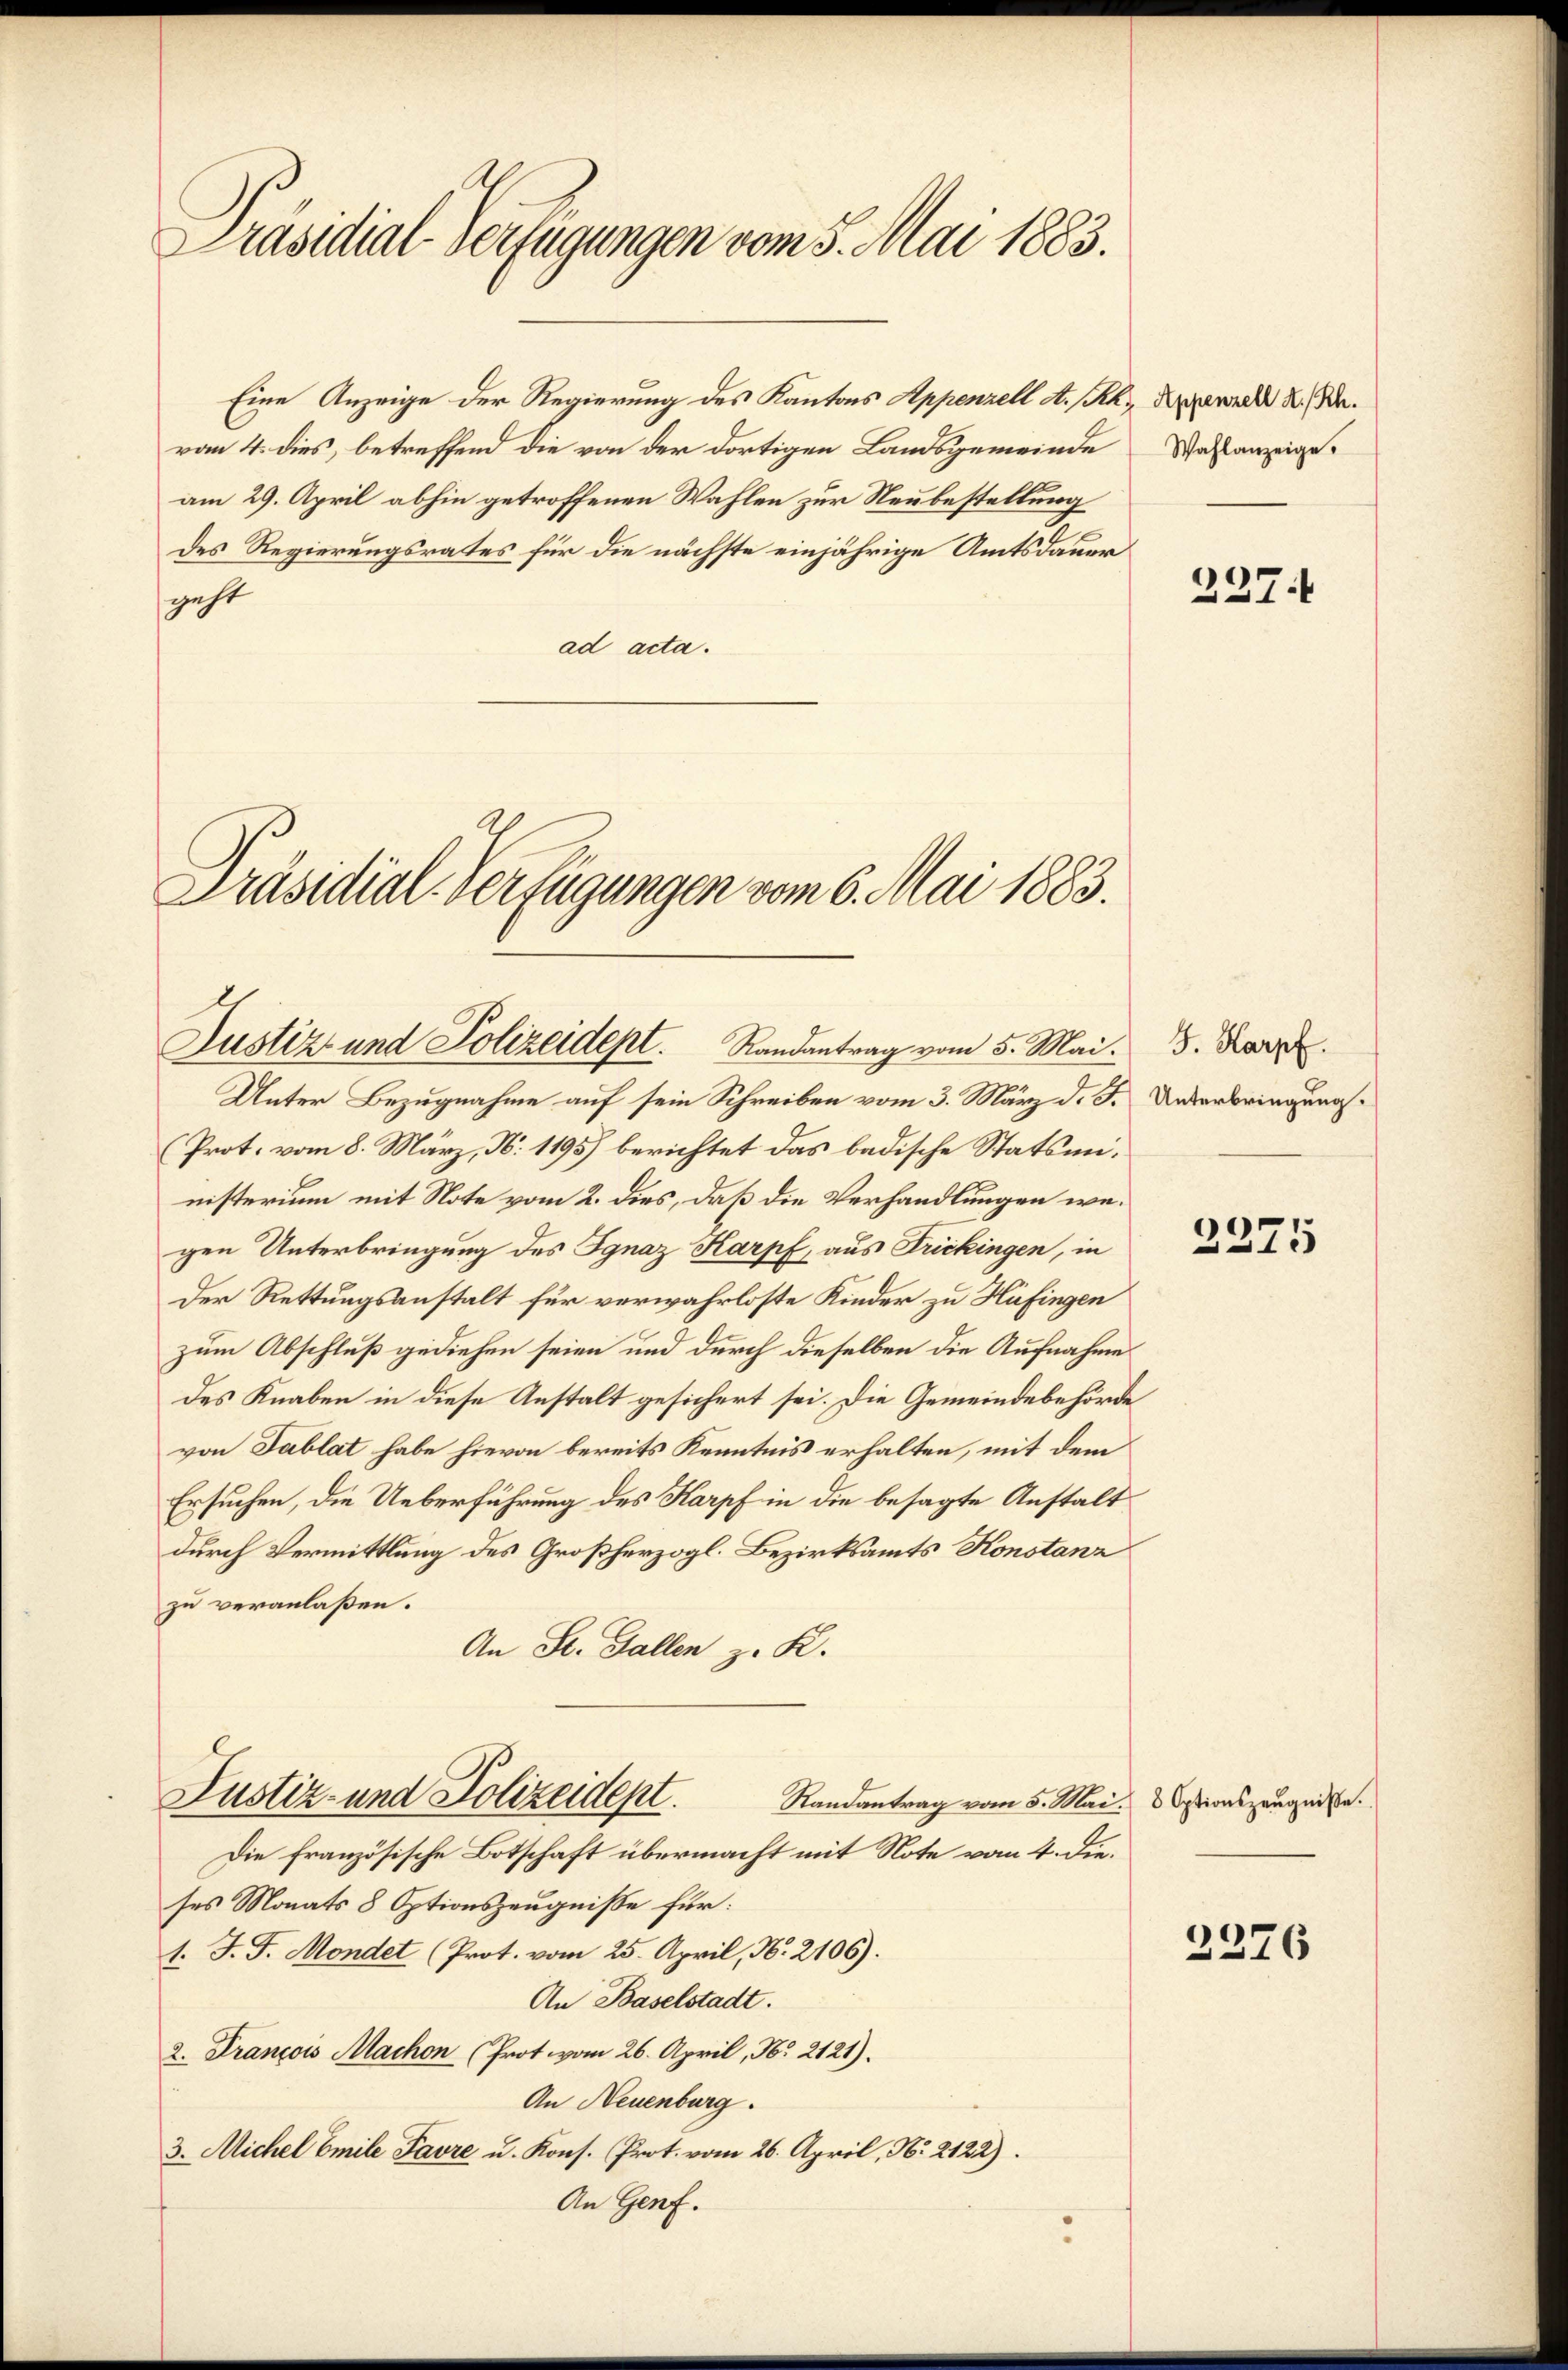
Präsidial-Verfügungen vom 5. Mai 1883.

van 4. dies, betreffend die von der dortigen Landsgemeinde
am 29. April abhin getroffenen Wahlen zur Neubestellung
des Regierungsrates für die nächste einjährige Amtsdauer
geht
ad acta.

Eine Anzeige der Regierung des Kantons Appenzell A. h. Krenzell z. B.

Justiz und Polizeidept. Randantrag vom 5. Mai. 5. Kar

Präsidial-Verfügungen vom 6. Mai 1883.

Unter Bezugnahme auf sein Schreiben vom 3. März d. J. Unterbringungs¬
Prot. vom 8. März, N. 1195) berichtet das badische Statsministerium mit Note vom 2. dies, daß die Verhandlungen wegen Unterbringung des Ignaz Karpf, aus Frickingen, in
Der Rettungsanstalt für verwahrloste Kinder zu Hüfingen
zum Abschluß gediehen seien und durch dieselben die Aufnahme
des Knaben in diese Anstalt gesichert sei. Die Gemeindebehörde
von Tablat habe hievon bereits Kenntnis erhalten, mit dem
Ersuchen, die Ueberführung des Karpf in die besagte Anstalt
durch Vermittlung des Großherzogl. Bezirksamts Konstanz
zu veranlaßen.
An St. Gallen z. K.
Justiz- und Polizeidept.
Randantrag vom 5. Mai. Optionszeugniße.
Die französische Botschaft übermacht mit Note vom 4. dieses Monats 8 Optionszeugniße für:
1. J. J. Mondet (Prot. vom 25. April, N. 2106).
An Baselstadt.
2. François Machen (Prot. vom 26. April, Nr. 2121).
An Neuenburg.
3. Michel Emile Favre u. Kons. Prot. vom 26. April, N. 2122).
An Genf.

Wahlanzeige.

227.

2275

2376